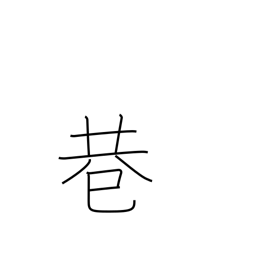
Meaning: fork in road